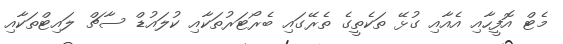
މެޓް އޮފީހާއި އެއާއި ގުޅޭ ތަކެތީގެ ތެރޭގައި ބެރޯޓަރުތަކާއި ކުލައުޑް ސާޗް ލައިޓްތަކާއި